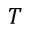
T